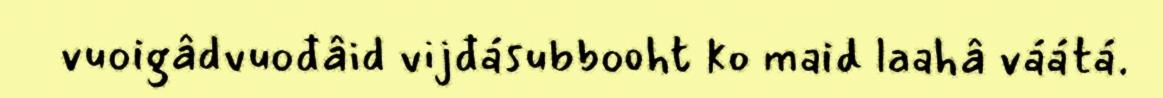
vuoigâdvuođâid vijđásubbooht ko maid laahâ váátá.